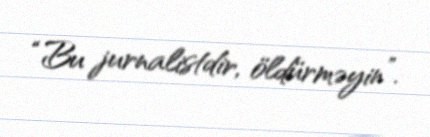
“Bu jurnalistdir, öldürməyin”.